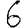
Digit: 6